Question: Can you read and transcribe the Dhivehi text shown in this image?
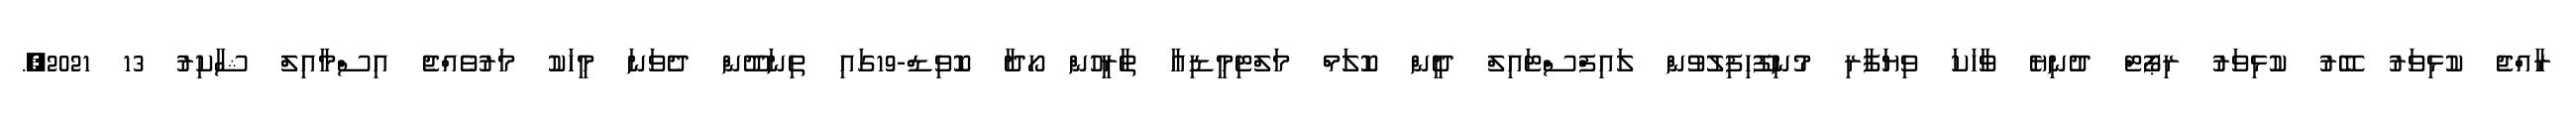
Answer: ރާއްޖެ ކުޅިވަރު ބޭރު ކުޅިވަރު ރިޕޯޓް ދުނިޔެ ވާހަކަ ވިޔަފާރި މުނިފޫހިފިލުވުން ލައިފްސްޓައިލް ދީން ކޮލަމް މަލްޓިމީޑިއާ ތާރީހުން ހޯދާ ކޮވިޑް-19ގައި ތިނަދޫން ދެވަނަ މީހަކު މަރުވެއްޖެ އިސްމާއިލް ޝާކިރު 13 2021,.